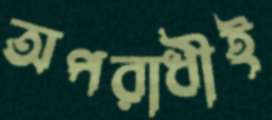
অপরাধীই